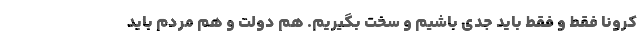
کرونا فقط و فقط باید جدی باشیم و سخت بگیریم. هم دولت و هم مردم باید